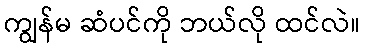
ကျွန်မ ဆံပင်ကို ဘယ်လို ထင်လဲ။